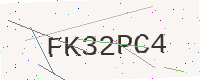
Text: FK32PC4